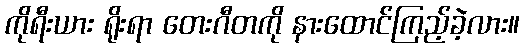
ကိုရီးယား ရိုးရာ တေးဂီတကို နားထောင်ကြည့်ခဲ့လား။